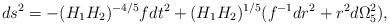
\begin{align*}ds^2 = -(H_1H_2)^{-4/5} fdt^2 +(H_1H_2)^{1/5}(f^{-1}dr^2 +r^2d\Omega_5^2),\end{align*}